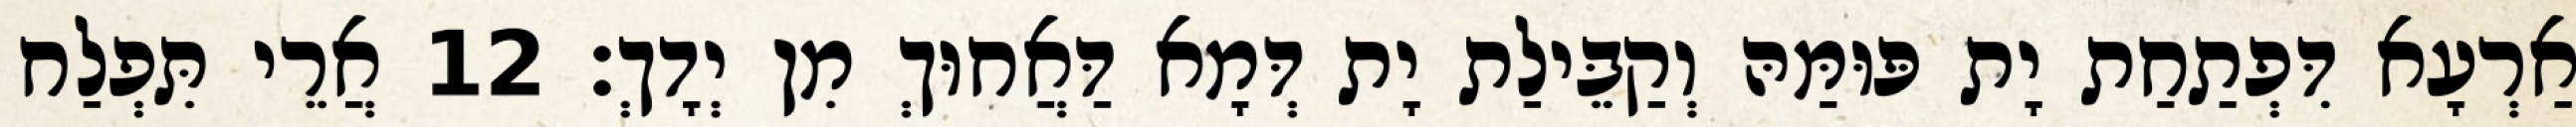
אַרְעָא דִּפְתַחַת יָת פּוּמַּהּ וְקַבֵּילַת יָת דְּמָא דַּאֲחוּךְ מִן יְדָךְ׃ 12 אֲרֵי תִּפְלַח